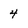
Character: 4